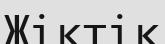
Жіктік